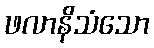
ဖလာနိသံသော